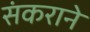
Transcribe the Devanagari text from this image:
संकराने